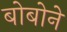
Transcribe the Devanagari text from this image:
बोबोने